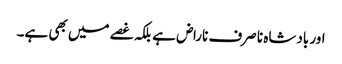
اور بادشاہ نا صرف ناراض ہے بلکہ غصے میں بھی ہے۔